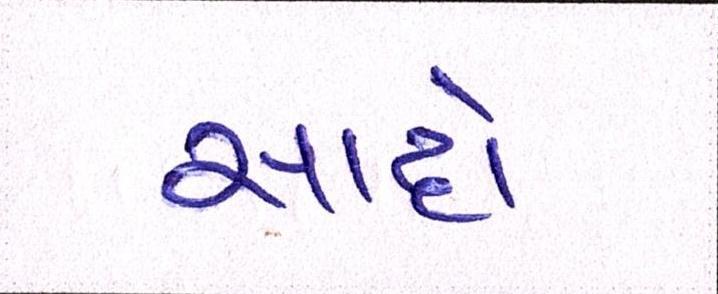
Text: સાદો